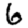
Digit: 6